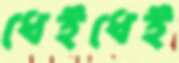
ধেইধেই